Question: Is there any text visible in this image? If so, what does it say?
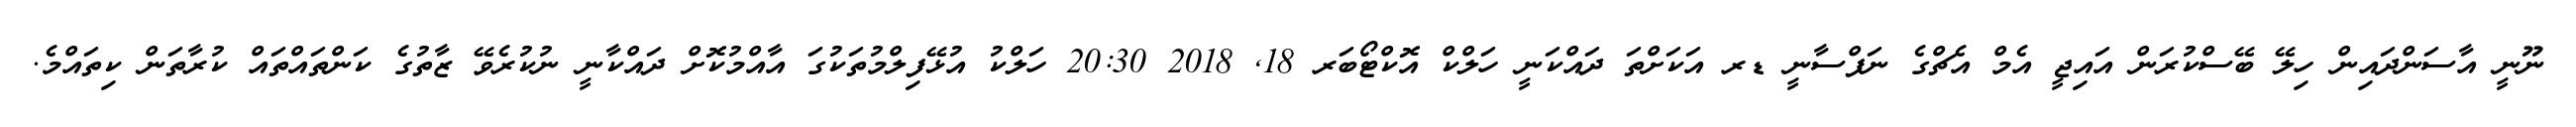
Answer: ނޫނީ އާސަންދައިން ހިލޭ ބޭސްކުރަން އައިޖީ އެމް އެޗްގެ ނަފްސާނީ ޑރ އަކަށްތަ ދައްކަނީ ހަލްކް އޮކްޓޯބަރ 18, 2018 20:30 ހަލްކު އުޅޭފިލްމުތަކުގަ އާއްމުކޮށް ދައްކާނީ ނުކުރެވޭ ޒާތުގެ ކަންތައްތައް ކުރާތަން ކިތައްމެ.